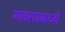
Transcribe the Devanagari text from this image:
गवतामध्ये